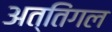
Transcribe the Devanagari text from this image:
अत्तिंगल